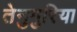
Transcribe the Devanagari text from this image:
तेनुगुरिया